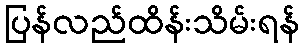
ပြန်လည်ထိန်းသိမ်းရန်